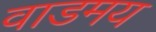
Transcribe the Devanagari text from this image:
वाडमय